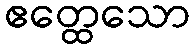
ဧတ္ထေသော